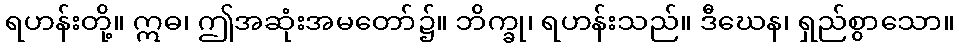
ရဟန်းတို့။ ဣဓ၊ ဤအဆုံးအမတော်၌။ ဘိက္ခု၊ ရဟန်းသည်။ ဒီဃေန၊ ရှည်စွာသော။